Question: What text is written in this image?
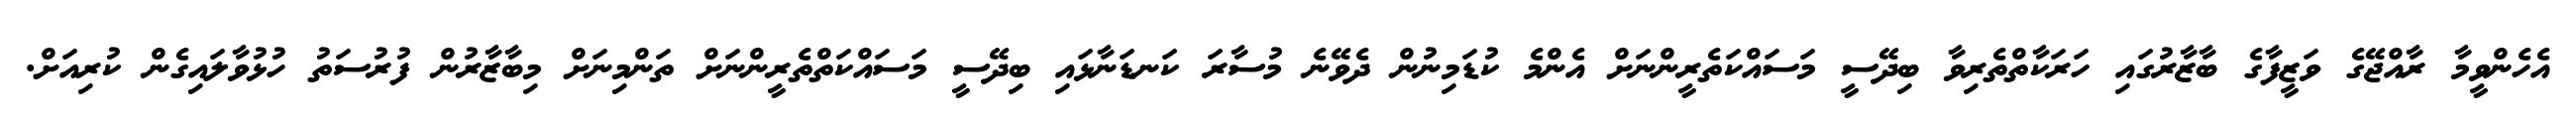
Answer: އެހެންވީމާ ރާއްޖޭގެ ވަޒީފާގެ ބާޒާރުގައި ހަރަކާތްތެރިވާ ބިދޭސީ މަސައްކަތެރީންނަށް އެންމެ ކުޑަމިނުން ދެވޭނެ މުސާރަ ކަނޑަނާޅައި ބިދޭސީ މަސައްކަތްތެރީންނަށް ތަންމިނަށް މިބާޒާރުން ފުރުސަތު ހުޅުވާލައިގެން ކުރިއަށް.